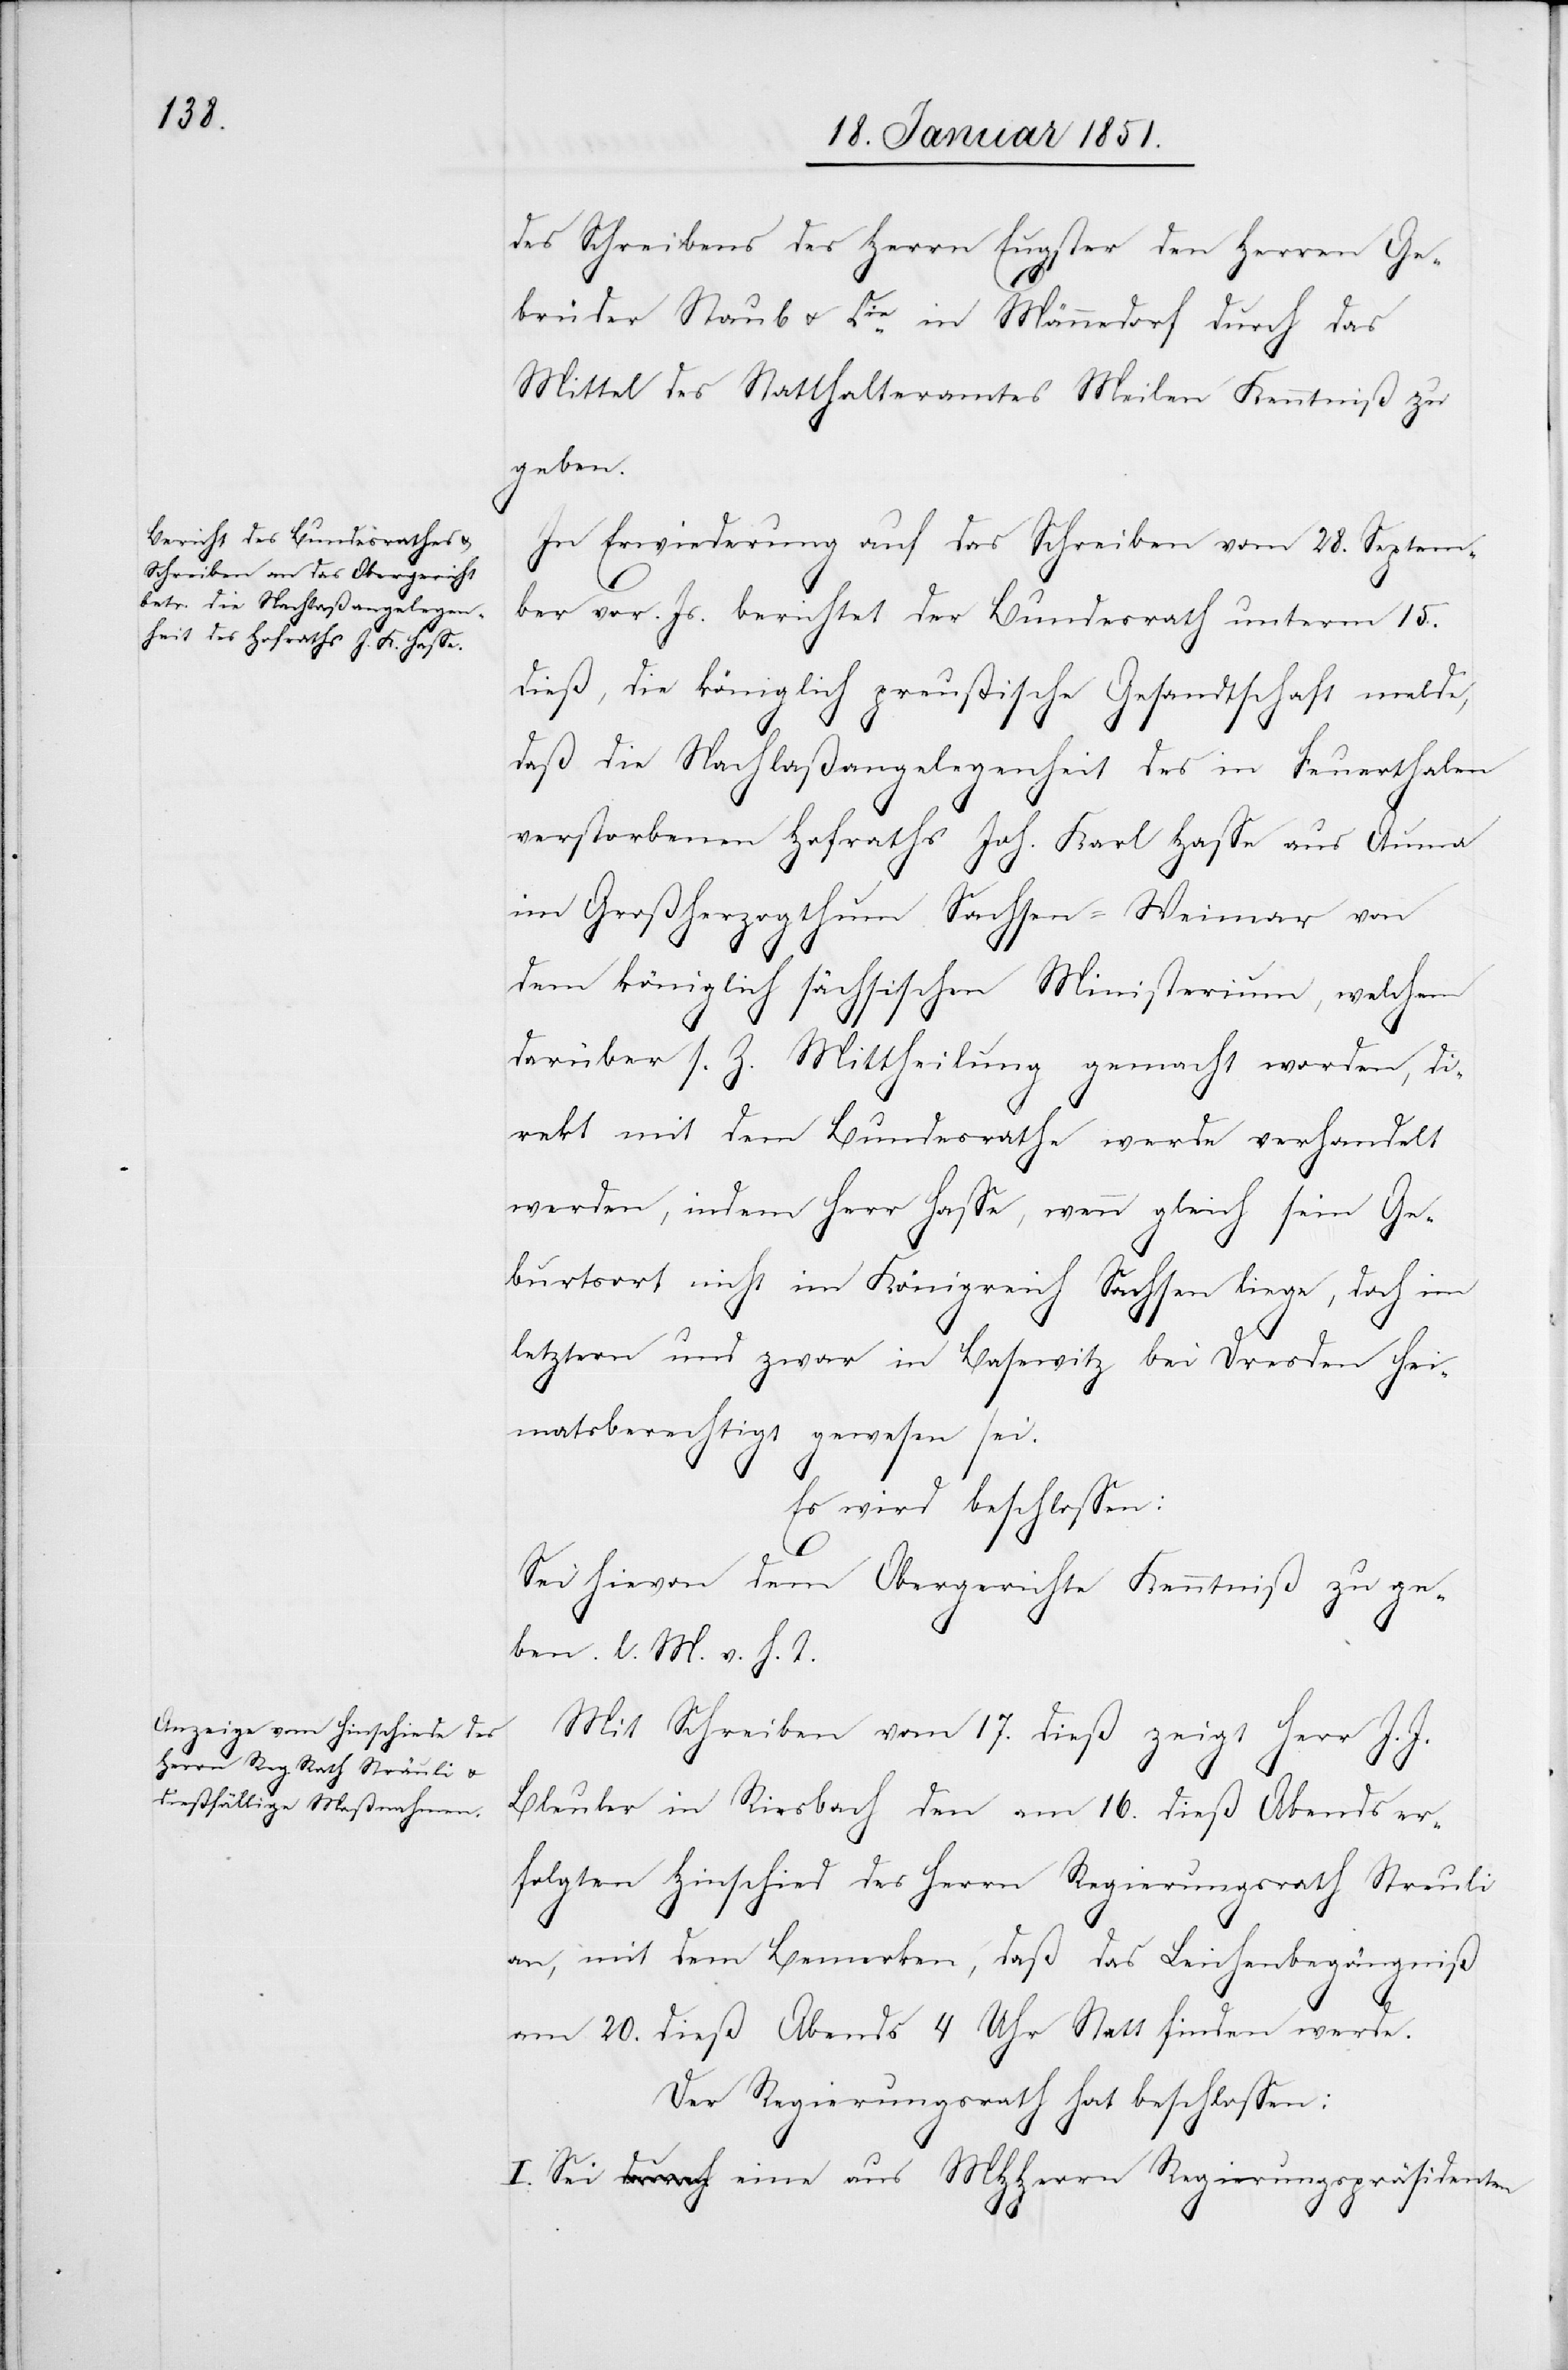
des Schreibens des Herrn Eugster den Herren Ge¬
brüder Staub u. Cie. in Männedorf durch das
Mittel des Statthalteramtes Meilen Kenntniß zu
geben.
In Erwiederung auf das Schreiben vom 28. Septem¬
ber vor. Js. berichtet der Bundesrath unterm 15.
dieß, die königlich preußische Gesandtschaft melde,
daß die Nachlaßangelegenheit des in Feuerthalen
verstorbenen Hofraths Joh. Karl Hasse aus Auma
im Großherzogthum Sachsen-Weimar von
dem königlich sächsischen Ministerium, welchem
darüber s. Z. Mittheilung gemacht worden, di¬
rekt mit dem Bundesrathe werde verhandelt
werden, indem Herr Hasse, wenn gleich sein Ge¬
burtsort nicht im Königreich Sachsen liege, doch im
letztern und zwar in Basewitz bei Dresden hei¬
matsberechtigt gewesen sei.
Es wird beschlossen:
Sei hievon dem Obergerichte Kenntniß zu ge¬
ben. l. M. v. h. T.
Mit Schreiben vom 17. dieß zeigt Herr J.
J.
Bleuler in Riesbach den am 16. dieß Abends er¬
folgten Hinschied des Herrn Regierungsrath Streuli
an, mit dem Bemerken, daß das Leichenbegängniß
am 20. dieß Abends 4 Uhr Statt finden werde.
Der Regierungsrath hat beschlossen:
I. Sei eine aus MHHerrn Regierungspräsidenten